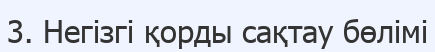
3. Негізгі қорды сақтау бөлімі